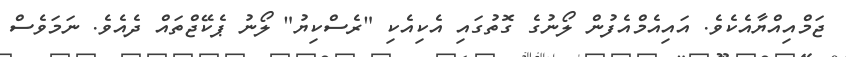
ޖަމްއިއްޔާއެކެވެ. އައިއެމްއެފުން ލޯނުގެ ގޮތުގައި އެކިއެކި "ރެސްކިޔު" ލޯނު ޕެކޭޖްތައް ދެއެވެ. ނަމަވެސް